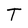
Character: T